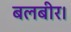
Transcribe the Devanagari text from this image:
बलबीर।